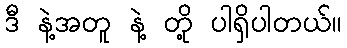
ဒီ နဲ့အတူ နဲ့ တို့ ပါရှိပါတယ်။